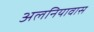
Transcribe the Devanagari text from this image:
अलनियावास